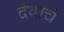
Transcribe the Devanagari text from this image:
देवाचं